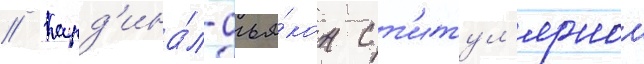
// Кард'ина́л-дья́кон с т'итул'ярнои